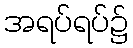
အရပ်ရပ်၌